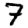
Digit: 7